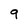
Character: 9